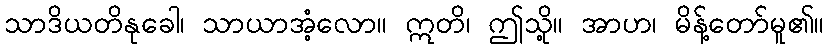
သာဒိယတိနုခေါ၊ သာယာအံ့လော။ ဣတိ၊ ဤသို့။ အာဟ၊ မိန့်တော်မူ၏။